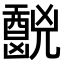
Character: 𫤧